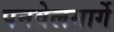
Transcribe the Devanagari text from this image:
पनवेलमार्गे